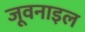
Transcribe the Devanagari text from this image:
जूवनाइल